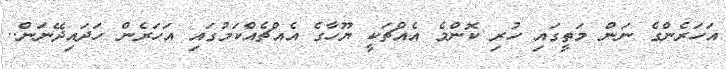
އަހަރެންގެ ނަން މަތީގައި ހުރި ކޮންމެ އެއްޗަކީ ޔޫހާގެ އެއްޗެއްކަމުގައި އަހަރެން ހަދައިދޭނަން..